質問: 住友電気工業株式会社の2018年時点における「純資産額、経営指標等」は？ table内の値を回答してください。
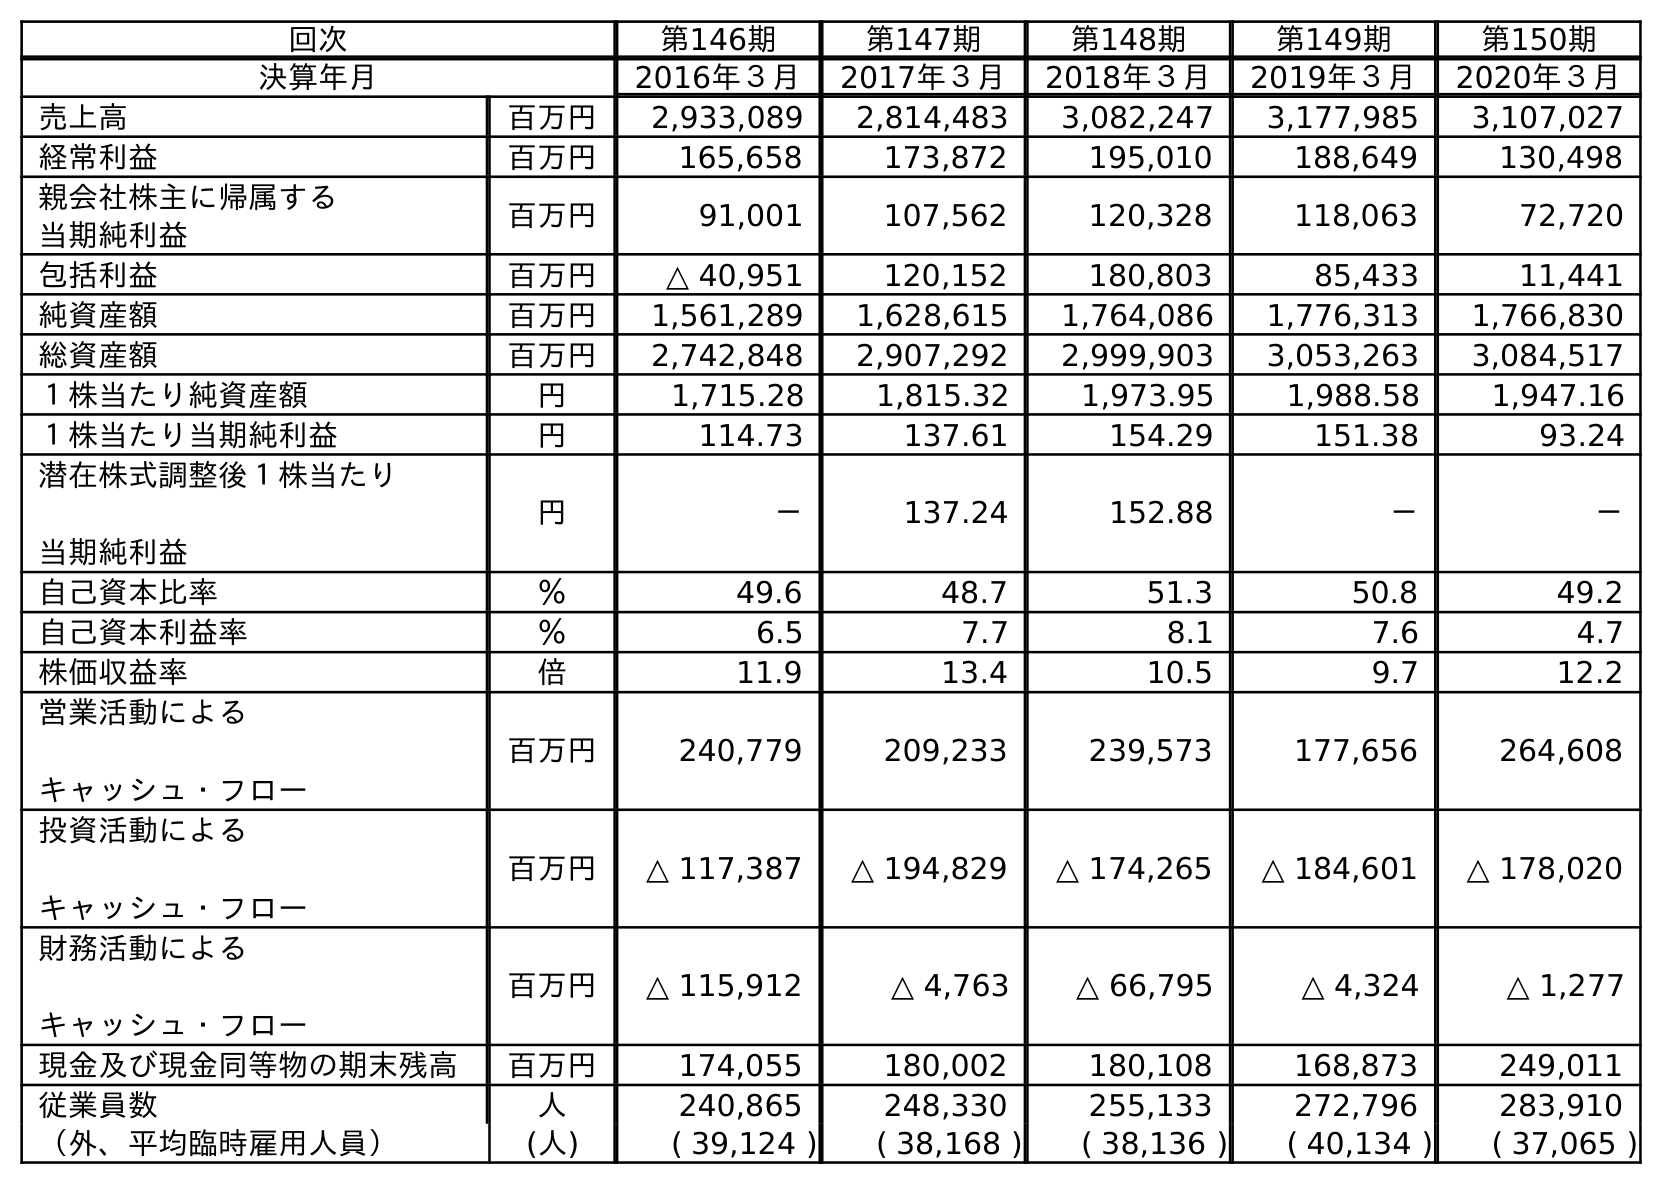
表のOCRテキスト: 回次 第146期 第147期 第148期 第149期 第150期 決算年月 2016年３月 2017年３月 2018年３月 2019年３月 2020年３月 売上高 百万円 2,933,089 2,814,483 3,082,247 3,177,985 3,107,027 経常利益 百万円 165,658 173,872 195,010 188,649 130,498 親会社株主に帰属する 当期純利益 百万円 91,001 107,562 120,328 118,063 72,720 包括利益 百万円 △ 40,951 120,152 180,803 85,433 11,441 純資産額 百万円 1,561,289 1,628,615 1,764,086 1,776,313 1,766,830 総資産額 百万円 2,742,848 2,907,292 2,999,903 3,053,263 3,084,517 １株当たり純資産額 円 1,715.28 1,815.32 1,973.95 1,988.58 1,947.16 １株当たり当期純利益 円 114.73 137.61 154.29 151.38 93.24 潜在株式調整後１株当たり 当期純利益 円 － 137.24 152.88 － － 自己資本比率 ％ 49.6 48.7 51.3 50.8 49.2 自己資本利益率 ％ 6.5 7.7 8.1 7.6 4.7 株価収益率 倍 11.9 13.4 10.5 9.7 12.2 営業活動による キャッシュ・フロー 百万円 240,779 209,233 239,573 177,656 264,608 投資活動による キャッシュ・フロー 百万円 △ 117,387 △ 194,829 △ 174,265 △ 184,601 △ 178,020 財務活動による キャッシュ・フロー 百万円 △ 115,912 △ 4,763 △ 66,795 △ 4,324 △ 1,277 現金及び現金同等物の期末残高 百万円 174,055 180,002 180,108 168,873 249,011 従業員数 人 240,865 248,330 255,133 272,796 283,910 （外、平均臨時雇用人員） (人) ( 39,124 ) ( 38,168 ) ( 38,136 ) ( 40,134 ) ( 37,065 )
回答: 1,764,086